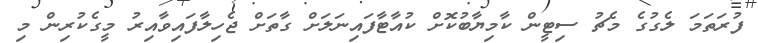
ފުރަތަމަ ލެގުގެ މެޗު ސިޓީން ކާމިޔާބުކޮށް ކުއާޓާފައިނަލަށް ގާތަށް ޖެހިލާފައިވާއިރު މީގެކުރިން މި